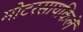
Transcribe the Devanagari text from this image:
मोटरसायकिलें